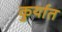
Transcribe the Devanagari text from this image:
कुर्यात